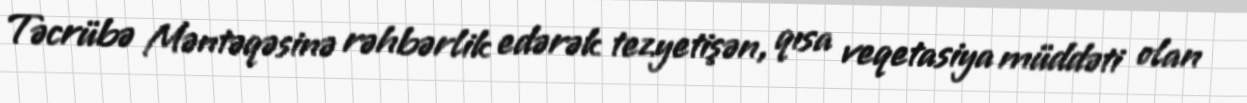
Təcrübə Məntəqəsinə rəhbərlik edərək tezyetişən, qısa veqetasiya müddəti olan